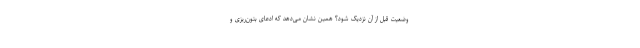
وضعیت قبل از آن نزدیک شود؟ همین نشان می‌دهد که ادعای بتون‌ریزی و